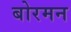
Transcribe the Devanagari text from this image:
बोरमन